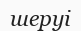
шеруі